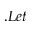
. L e t